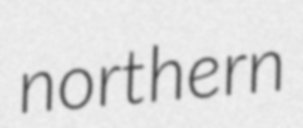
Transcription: northern